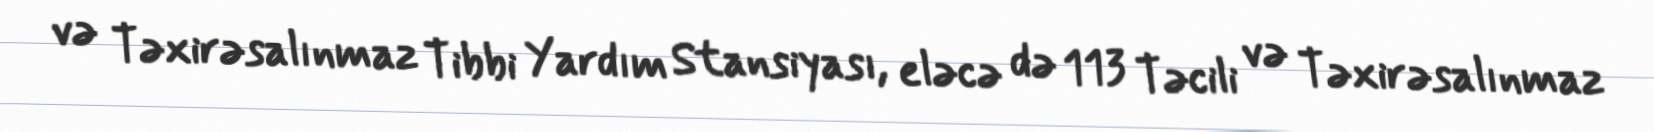
və Təxirəsalınmaz Tibbi Yardım Stansiyası, eləcə də 113 Təcili və Təxirəsalınmaz